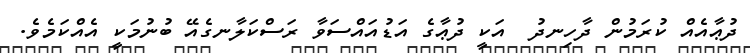
ދުޢާއެއް ކުރަމުން ދާހިނދު  އަކީ ދުޢާގެ އަޑުއައްސަވާ ރަސްކަލާނގެއޭ ބުނުމަކީ އެއްކަމެވެ.